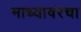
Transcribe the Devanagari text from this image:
माथ्यावरचा